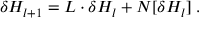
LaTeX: \delta H _ { l + 1 } = L \cdot \delta H _ { l } + N [ \delta H _ { l } ] \; .